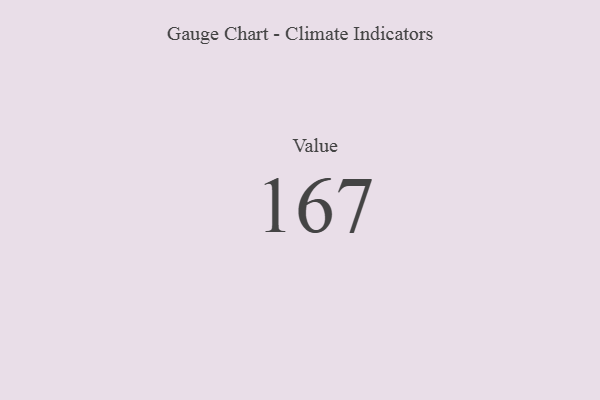
{"axis": {"x": "Metric", "y": "Value"}, "legend": [""], "data": [{"x": "Value", "y": 167, "type": ""}]}